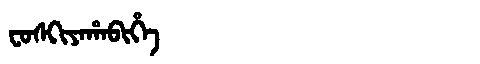
Manchu: ᠸᠣᠰᡴᡳᠶᠠᡥᠠᠪᡳᡥᡝ
Romanization: FOSKIYAHABIHE